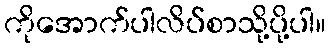
ကိုအောက်ပါလိပ်စာသို့ပို့ပါ။